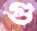
গু